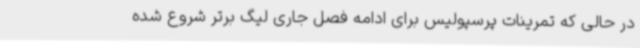
در حالی که تمرینات پرسپولیس برای ادامه فصل جاری لیگ برتر شروع شده